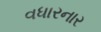
વધારનાર